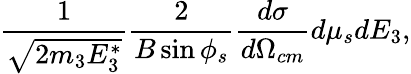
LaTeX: \frac{1}{\sqrt{2m_{3}E_{3}^{*}}}\frac{2}{B\sin\phi_{s}}\frac{d\sigma}{d\Omega_{cm}}d\mu_{s}dE_{3},